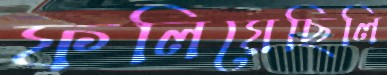
ফলিয়েছিলি